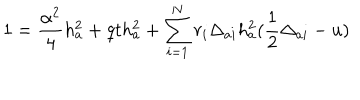
1 = { \frac { \alpha ^ { 2 } } { 4 } } h _ { a } ^ { 2 } + q t h _ { a } ^ { 2 } + \sum _ { i = 1 } ^ { N } r _ { i } \Delta _ { a i } h _ { a } ^ { 2 } ( { \frac { 1 } { 2 } } \Delta _ { a i } - u )